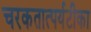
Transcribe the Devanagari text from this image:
चरकतात्पर्यटीका